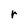
Character: r